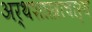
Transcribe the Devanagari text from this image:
अर्थशास्त्राचार्य